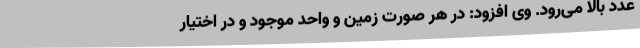
عدد بالا می‌رود. وی افزود: در هر صورت زمین و واحد موجود و در اختیار